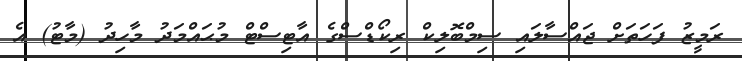
ރަމީޒު ފަހަތަށް ޖައްސާލައި ސިމްބޮލިކް ރިކޯޑްސްގެ އާޓިސްޓް މުޙައްމަދު މާހިދު (މާޓު) އެ